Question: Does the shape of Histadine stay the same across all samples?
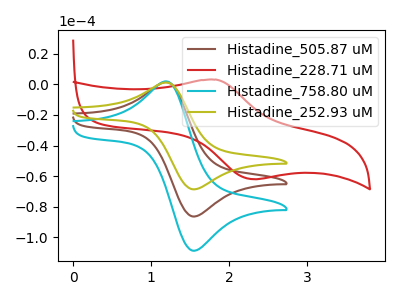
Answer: <think>The brown curve "Histadine_505.87 uM" has an anodic peak at (1.20V, 1.40uA) and a cathodic peak at (1.55V, -86.55uA). The red curve "Histadine_228.71 uM" has an anodic peak at (1.85V, 3.15uA) and a cathodic peak at (2.30V, -62.10uA). The cyan curve "Histadine_758.80 uM" has an anodic peak at (1.20V, 2.75uA) and a cathodic peak at (1.55V, -173.10uA). The olive curve "Histadine_252.93 uM" has an anodic peak at (1.20V, 1.10uA) and a cathodic peak at (1.55V, -68.75uA).
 "Histadine_505.87 uM" and "Histadine_228.71 uM" have at least one peak that do not match. All the peaks in "Histadine_505.87 uM" have a peak in "Histadine_758.80 uM" at the same potential. Every peak in "Histadine_505.87 uM" is lower than every peak in "Histadine_758.80 uM". All the peaks in "Histadine_505.87 uM" have a peak in "Histadine_252.93 uM" at the same potential. Every peak in "Histadine_505.87 uM" is higher than every peak in "Histadine_252.93 uM". "Histadine_228.71 uM" and "Histadine_758.80 uM" have at least one peak that do not match. "Histadine_228.71 uM" and "Histadine_252.93 uM" have at least one peak that do not match. All the peaks in "Histadine_758.80 uM" have a peak in "Histadine_252.93 uM" at the same potential. Every peak in "Histadine_758.80 uM" is higher than every peak in "Histadine_252.93 uM".</think>
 <answer>All the CV's of "Histadine" have similar shape.</answer>
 <eval>follow_rule</eval>